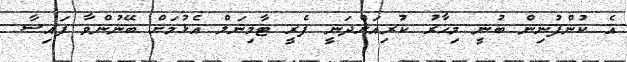
އެ ކުންފުނިން ބުނީ މިހާރު ކުރިއަށްދަނީ ފެރީ ޓާމިނަލް އެޅުމަށް ބޭނުންވާ ފައިސާ